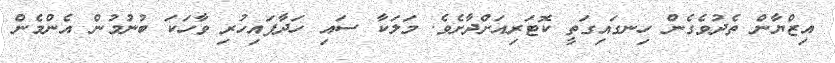
އިޒްޔާން ތެދުވެގެން ހިނގައިގަތީ ކޮޓަރިއަށްދާށެވެ. މަލަކާ ސައި ހަދާފައިހުރި ވާހަކަ ބުނުމުން އެންމެން